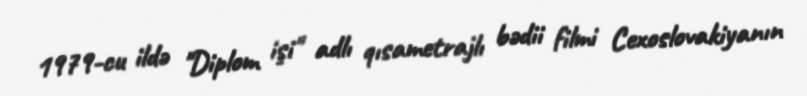
1979-cu ildə "Diplom işi" adlı qısametrajlı bədii filmi Cexoslovakiyanın